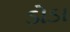
ડોડા